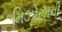
મિઝોરમની